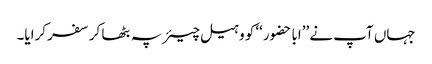
جہاں آپ نے ’’ابا حضور‘‘ کو وہیل چیئر پہ بٹھا کر سفر کرایا۔